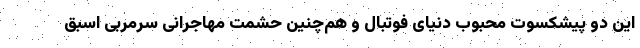
این دو پیشکسوت محبوب دنیای فوتبال و هم‌چنین حشمت مهاجرانی سرمربی اسبق